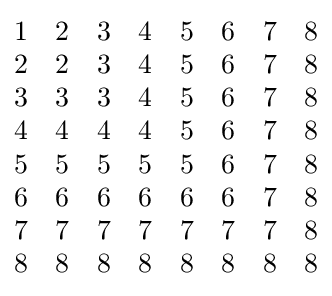
{\begin{matrix}1&2&3&4&5&6&7&8\\2&2&3&4&5&6&7&8\\3&3&3&4&5&6&7&8\\4&4&4&4&5&6&7&8\\5&5&5&5&5&6&7&8\\6&6&6&6&6&6&7&8\\7&7&7&7&7&7&7&8\\8&8&8&8&8&8&8&8\end{matrix}}